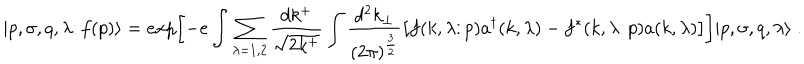
\vert p , \sigma , q , \lambda \colon f ( p ) \rangle = e x p \biggl [ - e \int \sum _ { \lambda = 1 , 2 } { \frac { d k ^ { + } } { \sqrt { 2 k ^ { + } } } } \int { \frac { d ^ { 2 } k _ { \perp } } { ( 2 \pi ) ^ { \frac { 3 } { 2 } } } } \bigl [ f ( k , \lambda \colon p ) a ^ { \dagger } ( k , \lambda ) - f ^ { * } ( k , \lambda \colon p ) a ( k , \lambda ) \bigr ] \biggr ] \vert p , \sigma , q , \lambda \rangle \; .